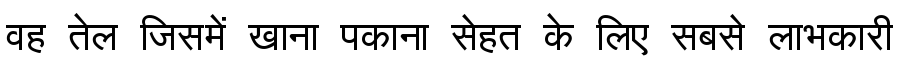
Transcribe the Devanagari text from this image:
वह तेल जिसमें खाना पकाना सेहत के लिए सबसे लाभकारी